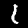
Digit: 1